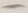
Text: -